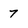
Character: 7